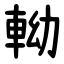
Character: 軪